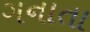
ગનાતા